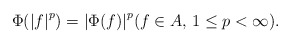
\begin{align*}\Phi({|f|}^p)={|\Phi(f)|}^p(f\in A, \,1\leq p<\infty).\end{align*}